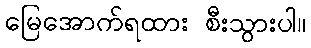
မြေအောက်ရထား စီးသွားပါ။